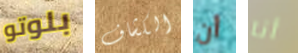
بلوتو الكشاف أن أنا